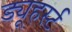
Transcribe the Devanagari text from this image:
ड्यूहर्स्ट